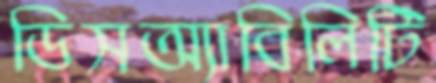
ডিসঅ্যাবিলিটি